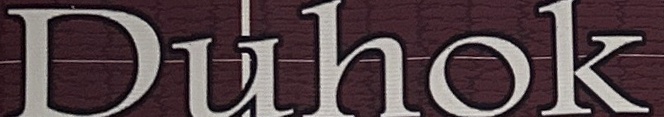
Duhok